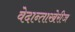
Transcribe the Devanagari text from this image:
वेदान्ताखेरीज